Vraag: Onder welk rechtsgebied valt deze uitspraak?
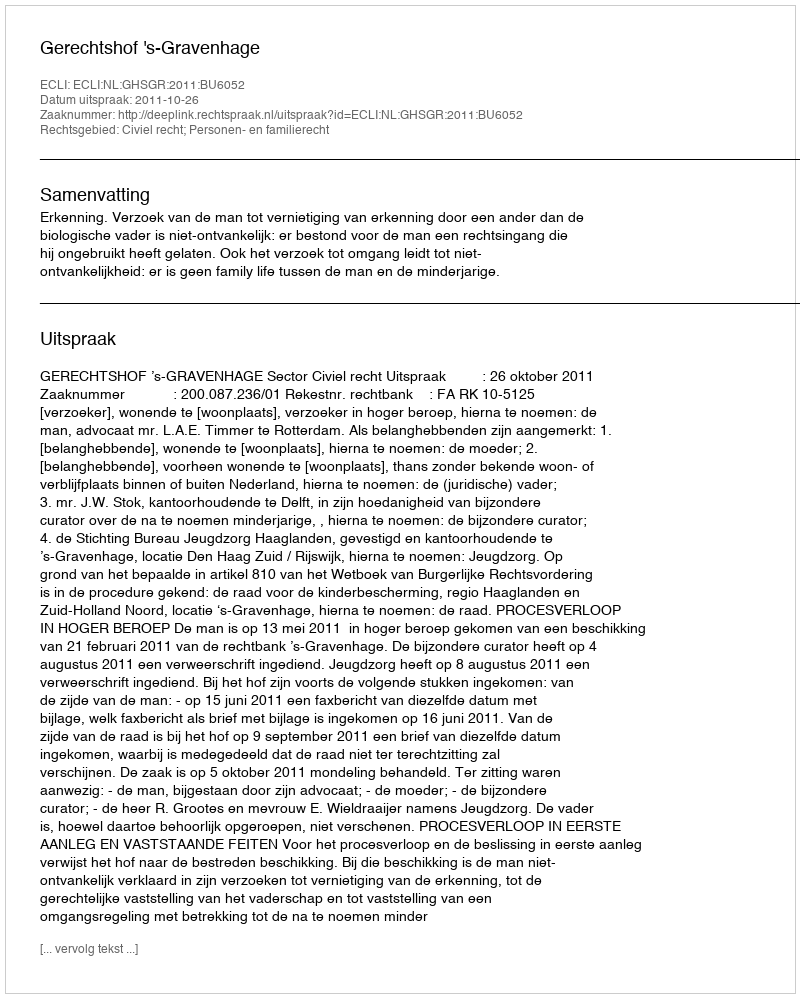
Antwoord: Civiel recht; Personen- en familierecht